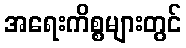
အရေးကိစ္စများတွင်